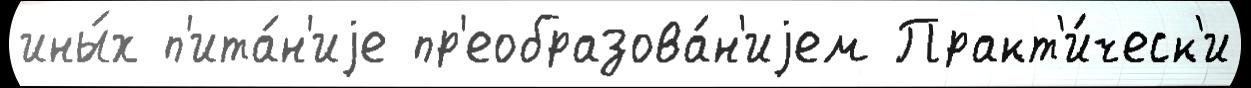
ины́х п'ита́н'иjе пр'еобразова́н'иjем Практ'и́ческ'и